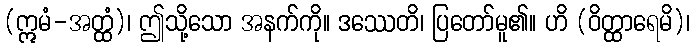
(ဣမံ-အတ္ထံ)၊ ဤသို့သော အနက်ကို။ ဒဿေတိ၊ ပြတော်မူ၏။ ဟိ (ဝိတ္ထာရေမိ)၊